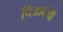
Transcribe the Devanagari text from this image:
पिआवीची